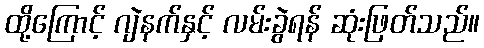
ထို့ကြောင့် ဂျဲနက်နှင့် လမ်းခွဲရန် ဆုံးဖြတ်သည်။